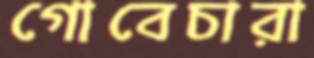
গোবেচারা